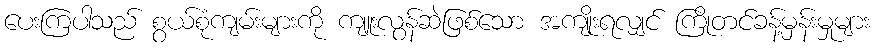
ပေးကြပါသည် စွယ်စုံကျမ်းများကို ကျူးလွန်ဆဲဖြစ်သော အကျိုးရလျှင် ကြိုတင်ခန့်မှန်းမှုများ